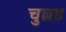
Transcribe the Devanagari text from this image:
चुल्लड़